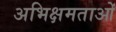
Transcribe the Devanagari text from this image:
अभिक्षमताओं